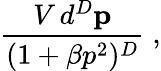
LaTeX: \frac{V\, d^{D}\mathbf{p}}{(1+\beta p^{2})^{D}}\; ,